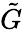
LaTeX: \tilde{G}